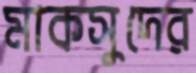
মাকসুদের